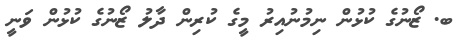
ބ. ޒޯނުގެ ކުޅުން ނިމުނުއިރު މީގެ ކުރިން ދާލު ޒޯނުގެ ކުޅުން ވަނީ